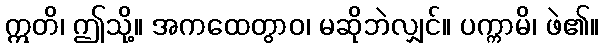
ဣတိ၊ ဤသို့။ အကထေတွာဝ၊ မဆိုဘဲလျှင်။ ပက္ကာမိ၊ ဖဲ၏။